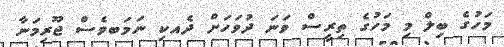
މަހުގެ ބިލް މި މަހުގެ ތިރީސް ވަނަ ދުވަހަށް ދެއކި ނަމަބވެސް ޖޫރިމަނާ